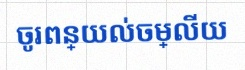
ចូរពន្យល់ចម្លើយ